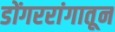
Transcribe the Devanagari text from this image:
डोंगररांगातून